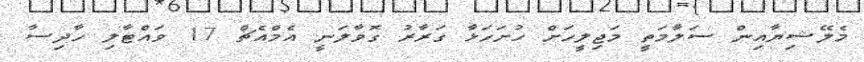
މެލޭޝިޔާއިން ސަލާމަތީ މަޖިލީހަށް ހުށަހަޅާ ގަރާރު ގޮވާލަނީ އެމްއެޗް 17 ވައްޓާލި ހާދިސާ